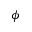
\phi